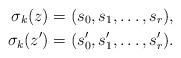
LaTeX: \begin{align*} \sigma_k(z) = (s_0,s_1,\dots,s_r),\\ \sigma_k(z') = (s'_0,s'_1,\dots,s'_r). \end{align*}